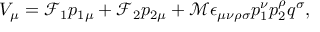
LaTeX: V _ { \mu } = \mathcal { F } _ { 1 } p _ { 1 \mu } + \mathcal { F } _ { 2 } p _ { 2 \mu } + \mathcal { M } \epsilon _ { \mu \nu \rho \sigma } p _ { 1 } ^ { \nu } p _ { 2 } ^ { \rho } q ^ { \sigma } ,